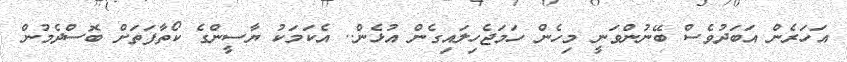
އަހަރެން އަބަދުވެސް ބޭނުންވަނީ މިހެން ހަމަޖެހިލައިގެން އުޅެން.. އެކަމަކު ޔާސީންގެ ކޯތާފަތަށް ބޮސްދެމުން